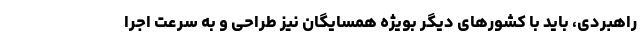
راهبردی، باید با کشورهای دیگر بویژه همسایگان نیز طراحی و به سرعت اجرا